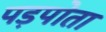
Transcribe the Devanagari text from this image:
पड़पोता